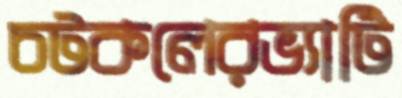
চটকলেরভ্যাটি